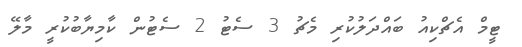
ޓީމް އެޗްކިއު ބައްދަލުކުރި މެޗު 3 ސެޓު 2 ސެޓުން ކާމިޔާބުކުރީ މާލޭ